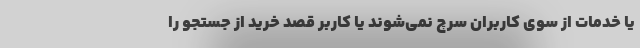
یا خدمات از سوی کاربران سرچ نمی‌شوند یا کاربر قصد خرید از جستجو را